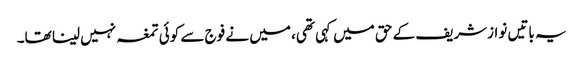
یہ باتیں نوازشریف کے حق میں کہی تھی، میں نے فوج سے کوئی تمغہ نہیں لینا تھا۔